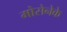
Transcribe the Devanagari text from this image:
मोसेनेके